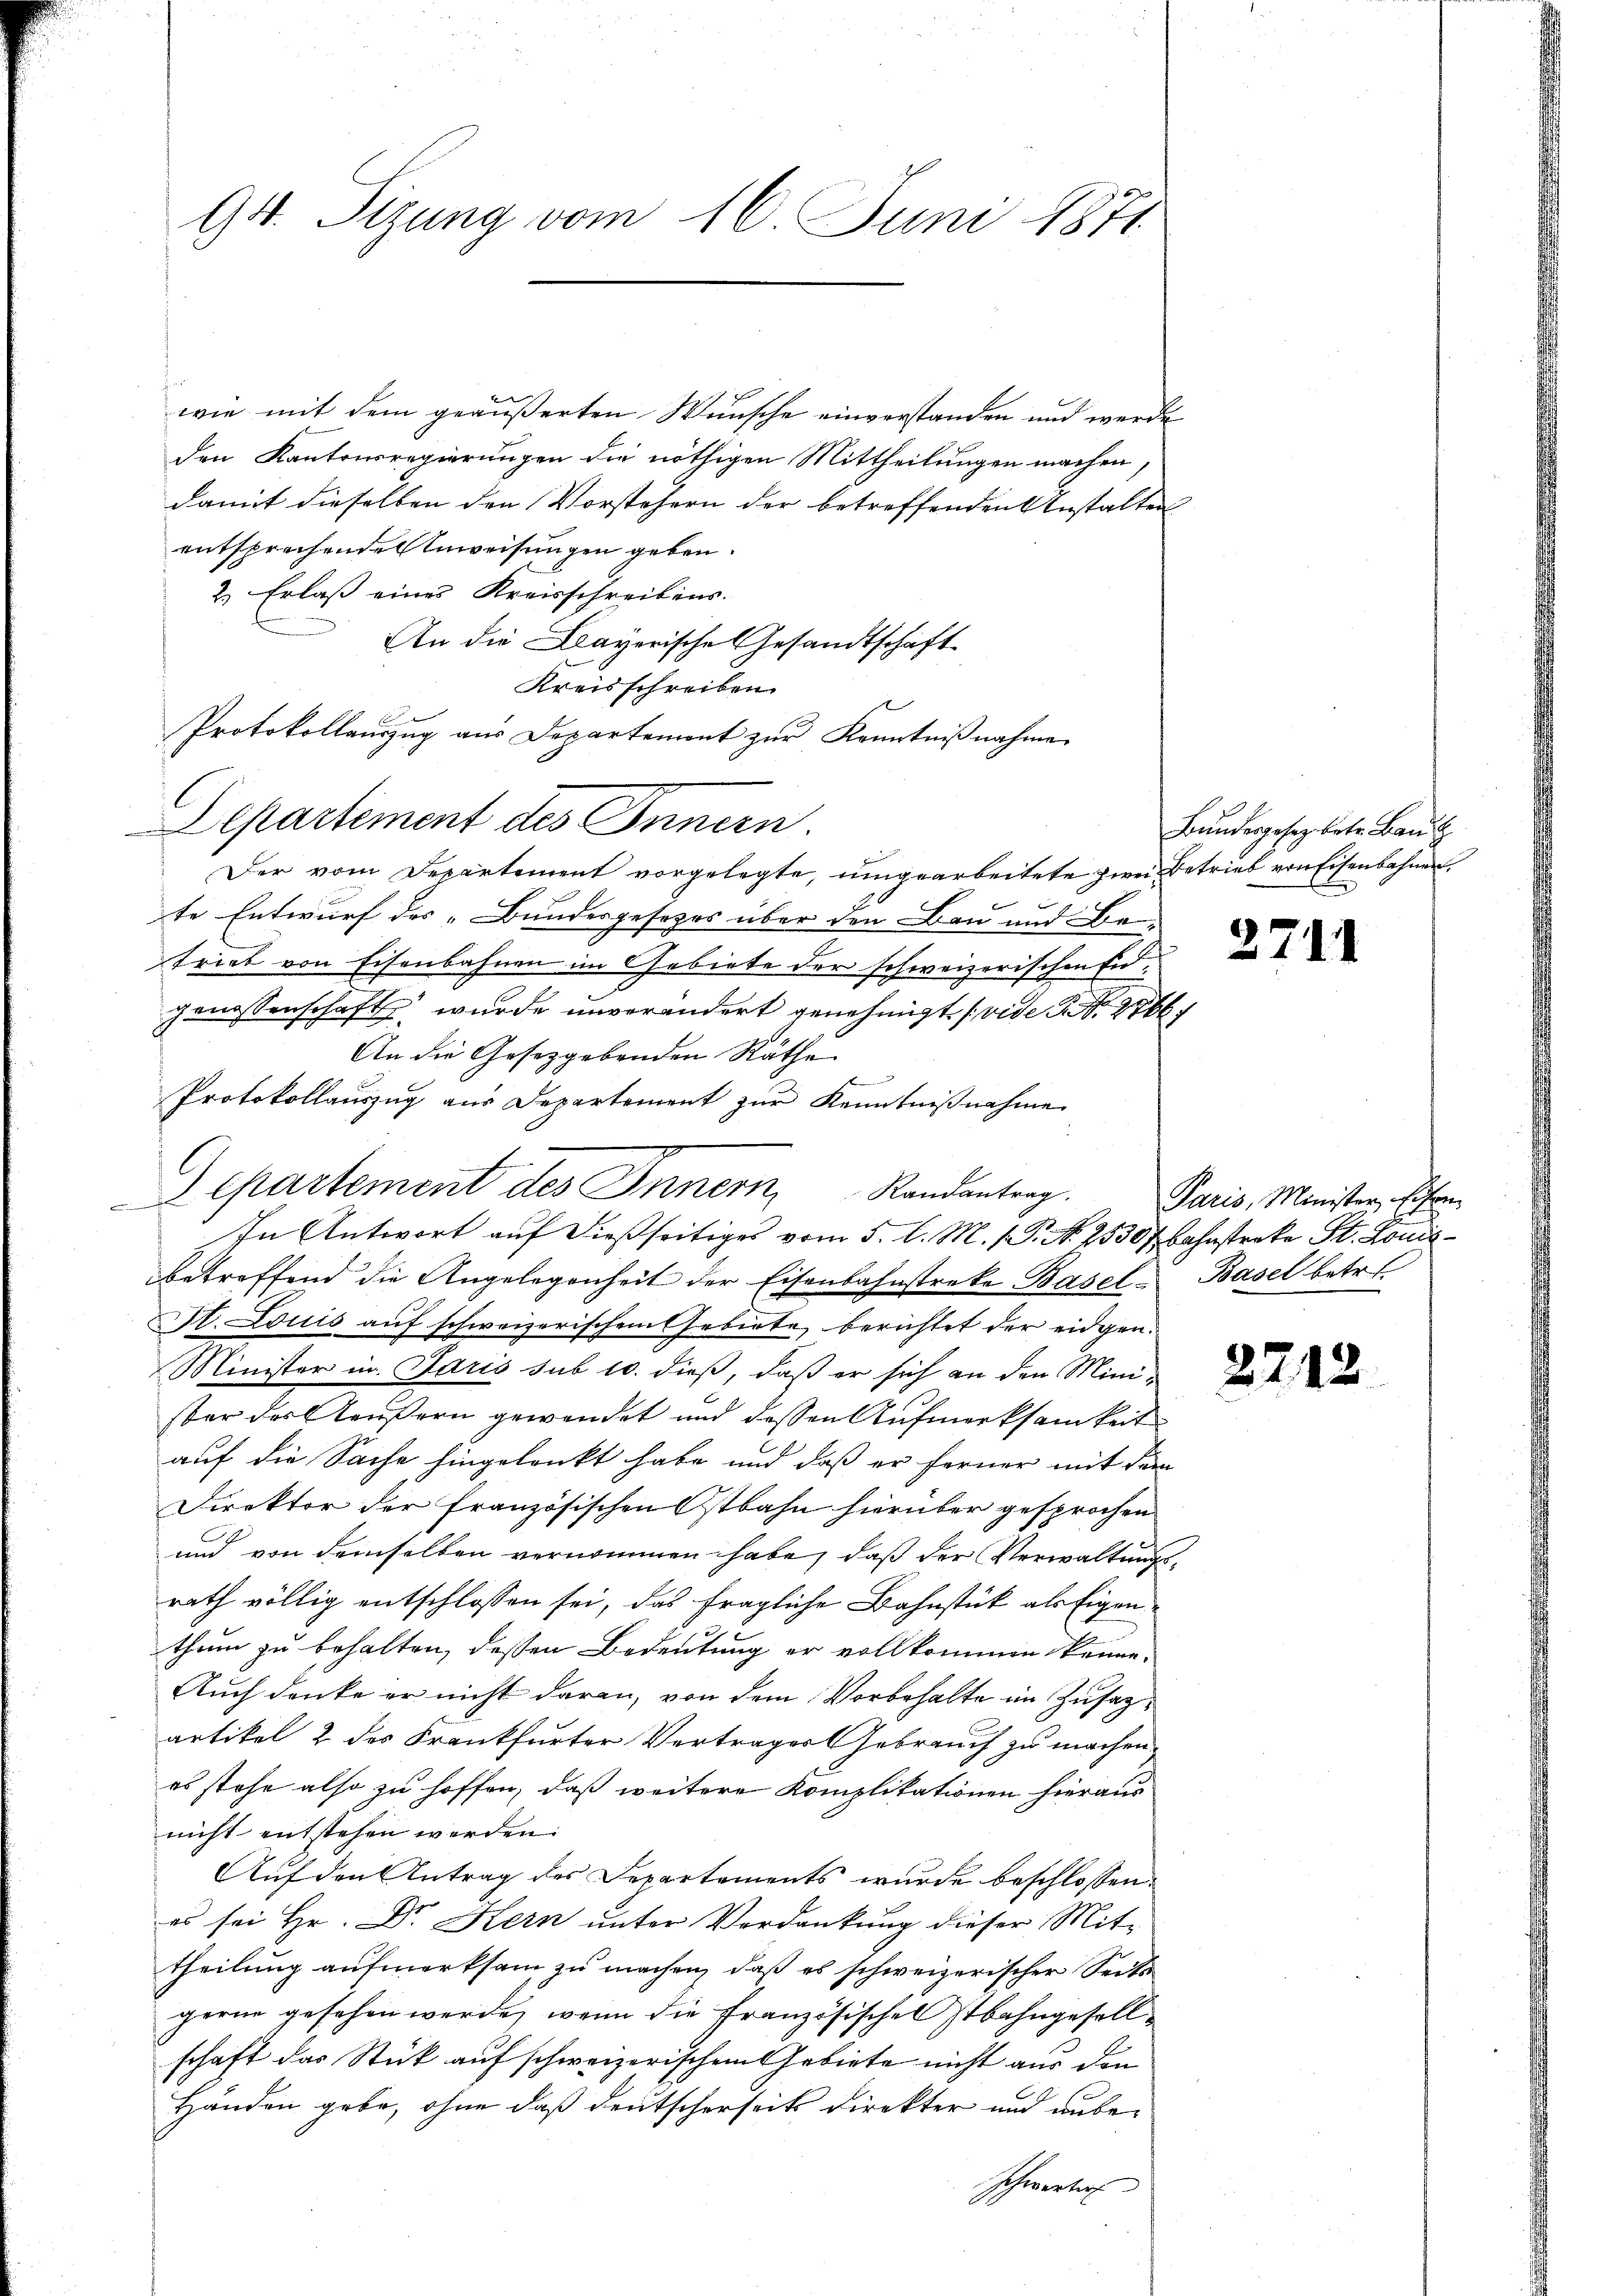
94. Sitzung vom 16. Juni 1871.

.
wie mit dem geäußerten Wunsche einverstanden und werde
den Kantonsregierungen die nöthigen Mittheilungen machen,
damit dieselben den Vorstehern der betreffenden Anstalten
entsprechenden Anweisungen geben.
2.) Erlaß eines Kreisschreibens.
An die Bayerische Gesandtschaft
Kreisschreiben.
d
Protokollauszug aus Departement zur Kenntnißnahme
Departement des Innern.
Der vom Departement vorgelegte, umgearbeitete zwei Betrieb von Eisenbahnen,
te Entwurf des „Bundesgesezes über den Bau und Betrieb von Eisenbahnen im Gebiete der schweizerischen Eidgenossenschaft wurde unverändert genehmigt (vide S. 276
An die Gesetzgebenden Räthe
Protokollauszug aus Departement zur Kenntnißnahme
In Antwort auf dießseitiges vom 5. l. M. v. P. N. 25307. Bahnstreke St. Louis-
betreffend die Angelegenheit der Eisenbahnstreke Basel- Basel betr.
St. Louis auf schweizerischem Gebiete, berichtet der eidgen.
Minister in Paris sub 10. dieß, daß er sich an den Minister der Aeußern gewendet und dessen Aufmerksamkeit
auf die Sache hingelenkt habe und daß er ferner mit dem
Direktor der französischen Ostbahn hierüber gesprochen
und von demselben vernommen habe, daß der Verwaltungsrath völlig entschlossen sei, das fragliche Bahnstück als Eigen
thum zu behalten, dessen Bedeutung er vollkommen könne.
Auch denke er nicht daran, von dem Vorbehalte im Zusatzartikel 2 des Frankfurter Vertrager Gebrauch zu machen.
es stehe also zu hoffen, daß weitere Komplikationen hieraus
nicht entstehen werden.
Auf den Antrag des Departements wurde beschlossen:
es sei Hr. Dr. Kern unter Verdankŭng dieser Mit-
theilung aufmerksam zu machen, daß es schweizerischer Seits
gerne gesehen werde, wenn die Französischel stbahngesellschaft das Stück auf schweizerischem Gebiete nicht aus den
Händen gebe, ohne daß deutscherseits direkter und unbeschwerter

Departement des Innern Randantrag.

Bundesgesetz betr. Bau

2711

Paris, Minister Eisen

2212.